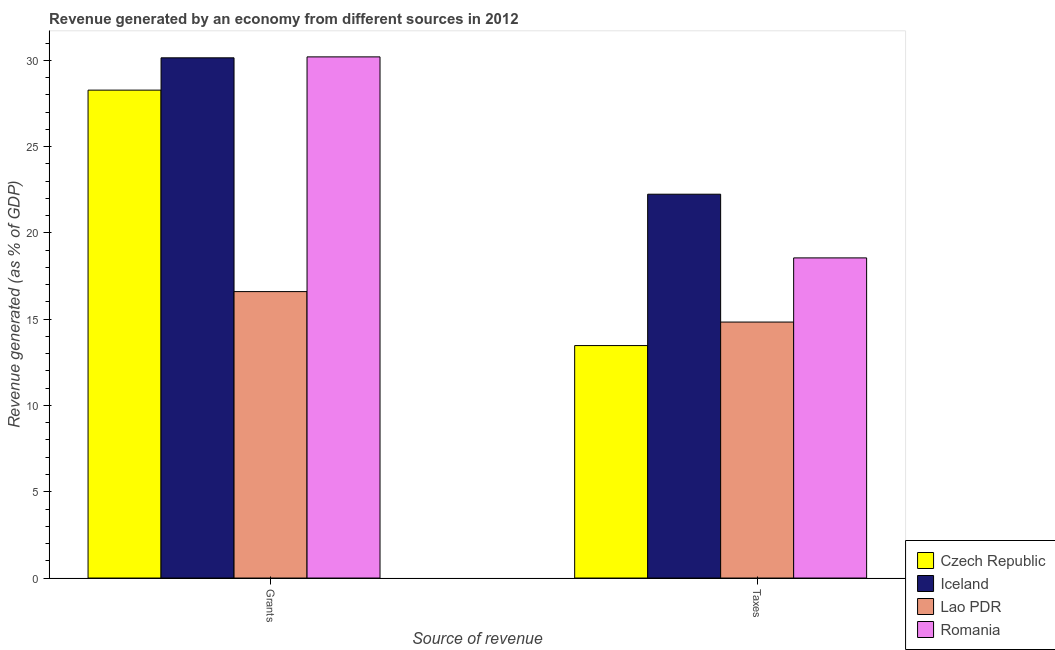
| Source of revenue | Czech Republic | Iceland | Lao PDR | Romania |
 | --- | --- | --- | --- | --- |
 | Grants | 28.3 | 30.1 | 16.6 | 30.2 |
 | Taxes | 13.5 | 22.2 | 14.8 | 18.5 |